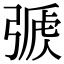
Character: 𢐏